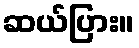
ဆယ်ပြား။